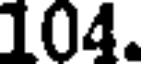
104.